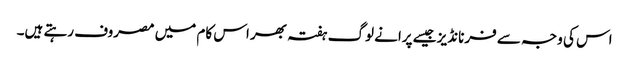
اس کی وجہ سے فرنانڈیز جیسے پرانے لوگ ہفتہ بھر اس کام میں مصروف رہتے ہیں۔